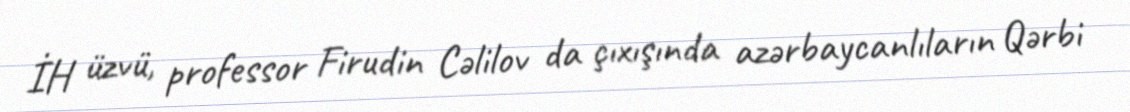
İH üzvü, professor Firudin Cəlilov da çıxışında azərbaycanlıların Qərbi